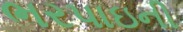
ભરપાઇની